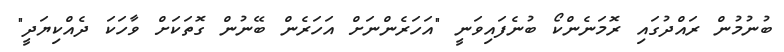
ބުނުމުން ރައްދުގައި ރޮމަނެންކޯ ބުނެފައިވަނީ "އަހަރެންނަށް އަހަރެން ބޭނުން ގޮތަކަށް ވާހަކަ ދެއްކިޔަދީ"